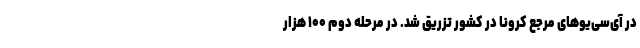
در آی‌سی‌یوهای مرجع کرونا در کشور تزریق شد. در مرحله دوم ۱۰۰ هزار